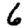
Digit: 6